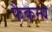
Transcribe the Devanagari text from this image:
फैकना